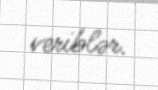
veriblər.